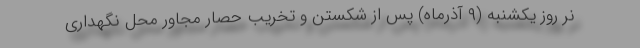
نر روز یکشنبه (٩ آذرماه) پس از شکستن و تخریب حصار مجاور محل نگهداری